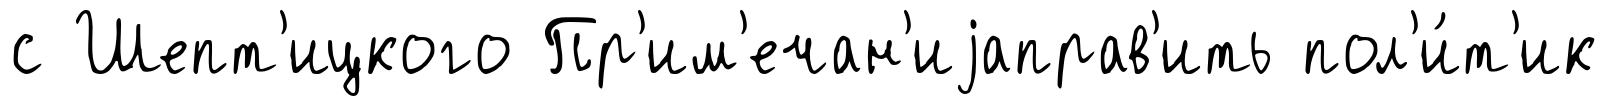
с Шепт'ицкого Пр'им'ечан'иjаправ'ить пол'и́т'ик